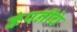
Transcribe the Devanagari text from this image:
कंपनींचे